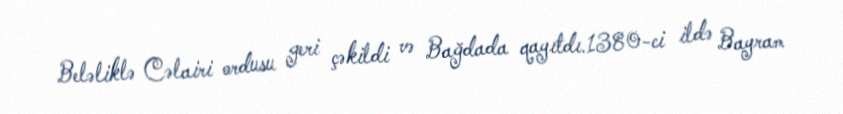
Beləliklə Cəlairi ordusu geri çəkildi və Bağdada qayıtdı.1380-ci ildə Bayram